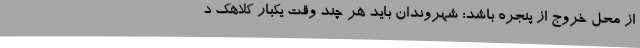
از محل خروج از پنجره باشد؛ شهروندان باید هر چند وقت یکبار کلاهک د